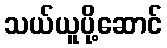
သယ်ယူပို့ဆောင်